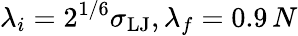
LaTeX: \lambda_{i}=2^{1/6}\sigma_{\mathrm{LJ}},\lambda_{f}=0.9\, N